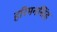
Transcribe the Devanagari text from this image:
हरिमनसिंह